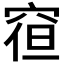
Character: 𮃿